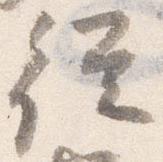
従